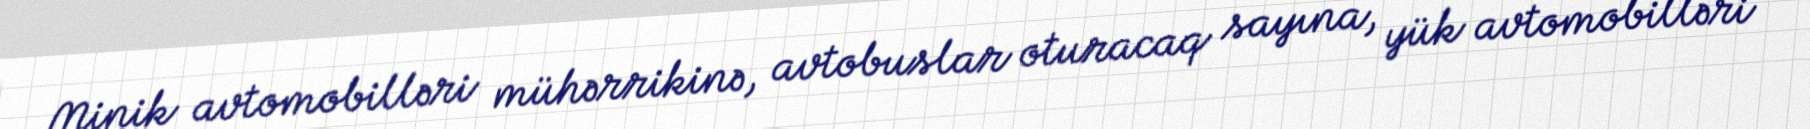
Minik avtomobilləri mühərrikinə, avtobuslar oturacaq sayına, yük avtomobilləri